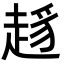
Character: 𧼋